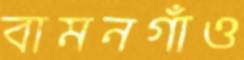
বামনগাঁও